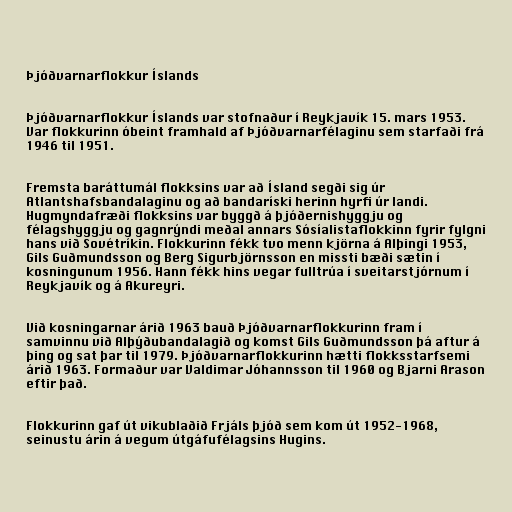
Þjóðvarnarflokkur Íslands

Þjóðvarnarflokkur Íslands var stofnaður í Reykjavík 15. mars 1953.
Var flokkurinn óbeint framhald af Þjóðvarnarfélaginu sem starfaði frá
1946 til 1951.

Fremsta baráttumál flokksins var að Ísland segði sig úr
Atlantshafsbandalaginu og að bandaríski herinn hyrfi úr landi.
Hugmyndafræði flokksins var byggð á þjóðernishyggju og
félagshyggju og gagnrýndi meðal annars Sósíalistaflokkinn fyrir fylgni
hans við Sovétríkin. Flokkurinn fékk tvo menn kjörna á Alþingi 1953,
Gils Guðmundsson og Berg Sigurbjörnsson en missti bæði sætin í
kosningunum 1956. Hann fékk hins vegar fulltrúa í sveitarstjórnum í
Reykjavík og á Akureyri.

Við kosningarnar árið 1963 bauð Þjóðvarnarflokkurinn fram í
samvinnu við Alþýðubandalagið og komst Gils Guðmundsson þá aftur á
þing og sat þar til 1979. Þjóðvarnarflokkurinn hætti flokksstarfsemi
árið 1963. Formaður var Valdimar Jóhannsson til 1960 og Bjarni Arason
eftir það.

Flokkurinn gaf út vikublaðið Frjáls þjóð sem kom út 1952-1968,
seinustu árin á vegum útgáfufélagsins Hugins.